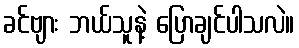
ခင်ဗျား ဘယ်သူနဲ့ ပြောချင်ပါသလဲ။